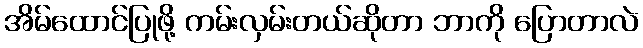
အိမ်ထောင်ပြုဖို့ ကမ်းလှမ်းတယ်ဆိုတာ ဘာကို ပြောတာလဲ